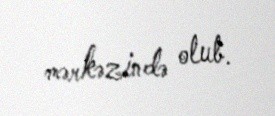
mərkəzində olub.